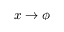
x \rightarrow \phi